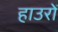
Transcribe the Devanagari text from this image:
हाउरों